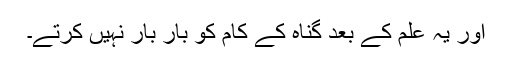
اور یہ علم کے بعد گناہ کے کام کو بار بار نہیں کرتے۔